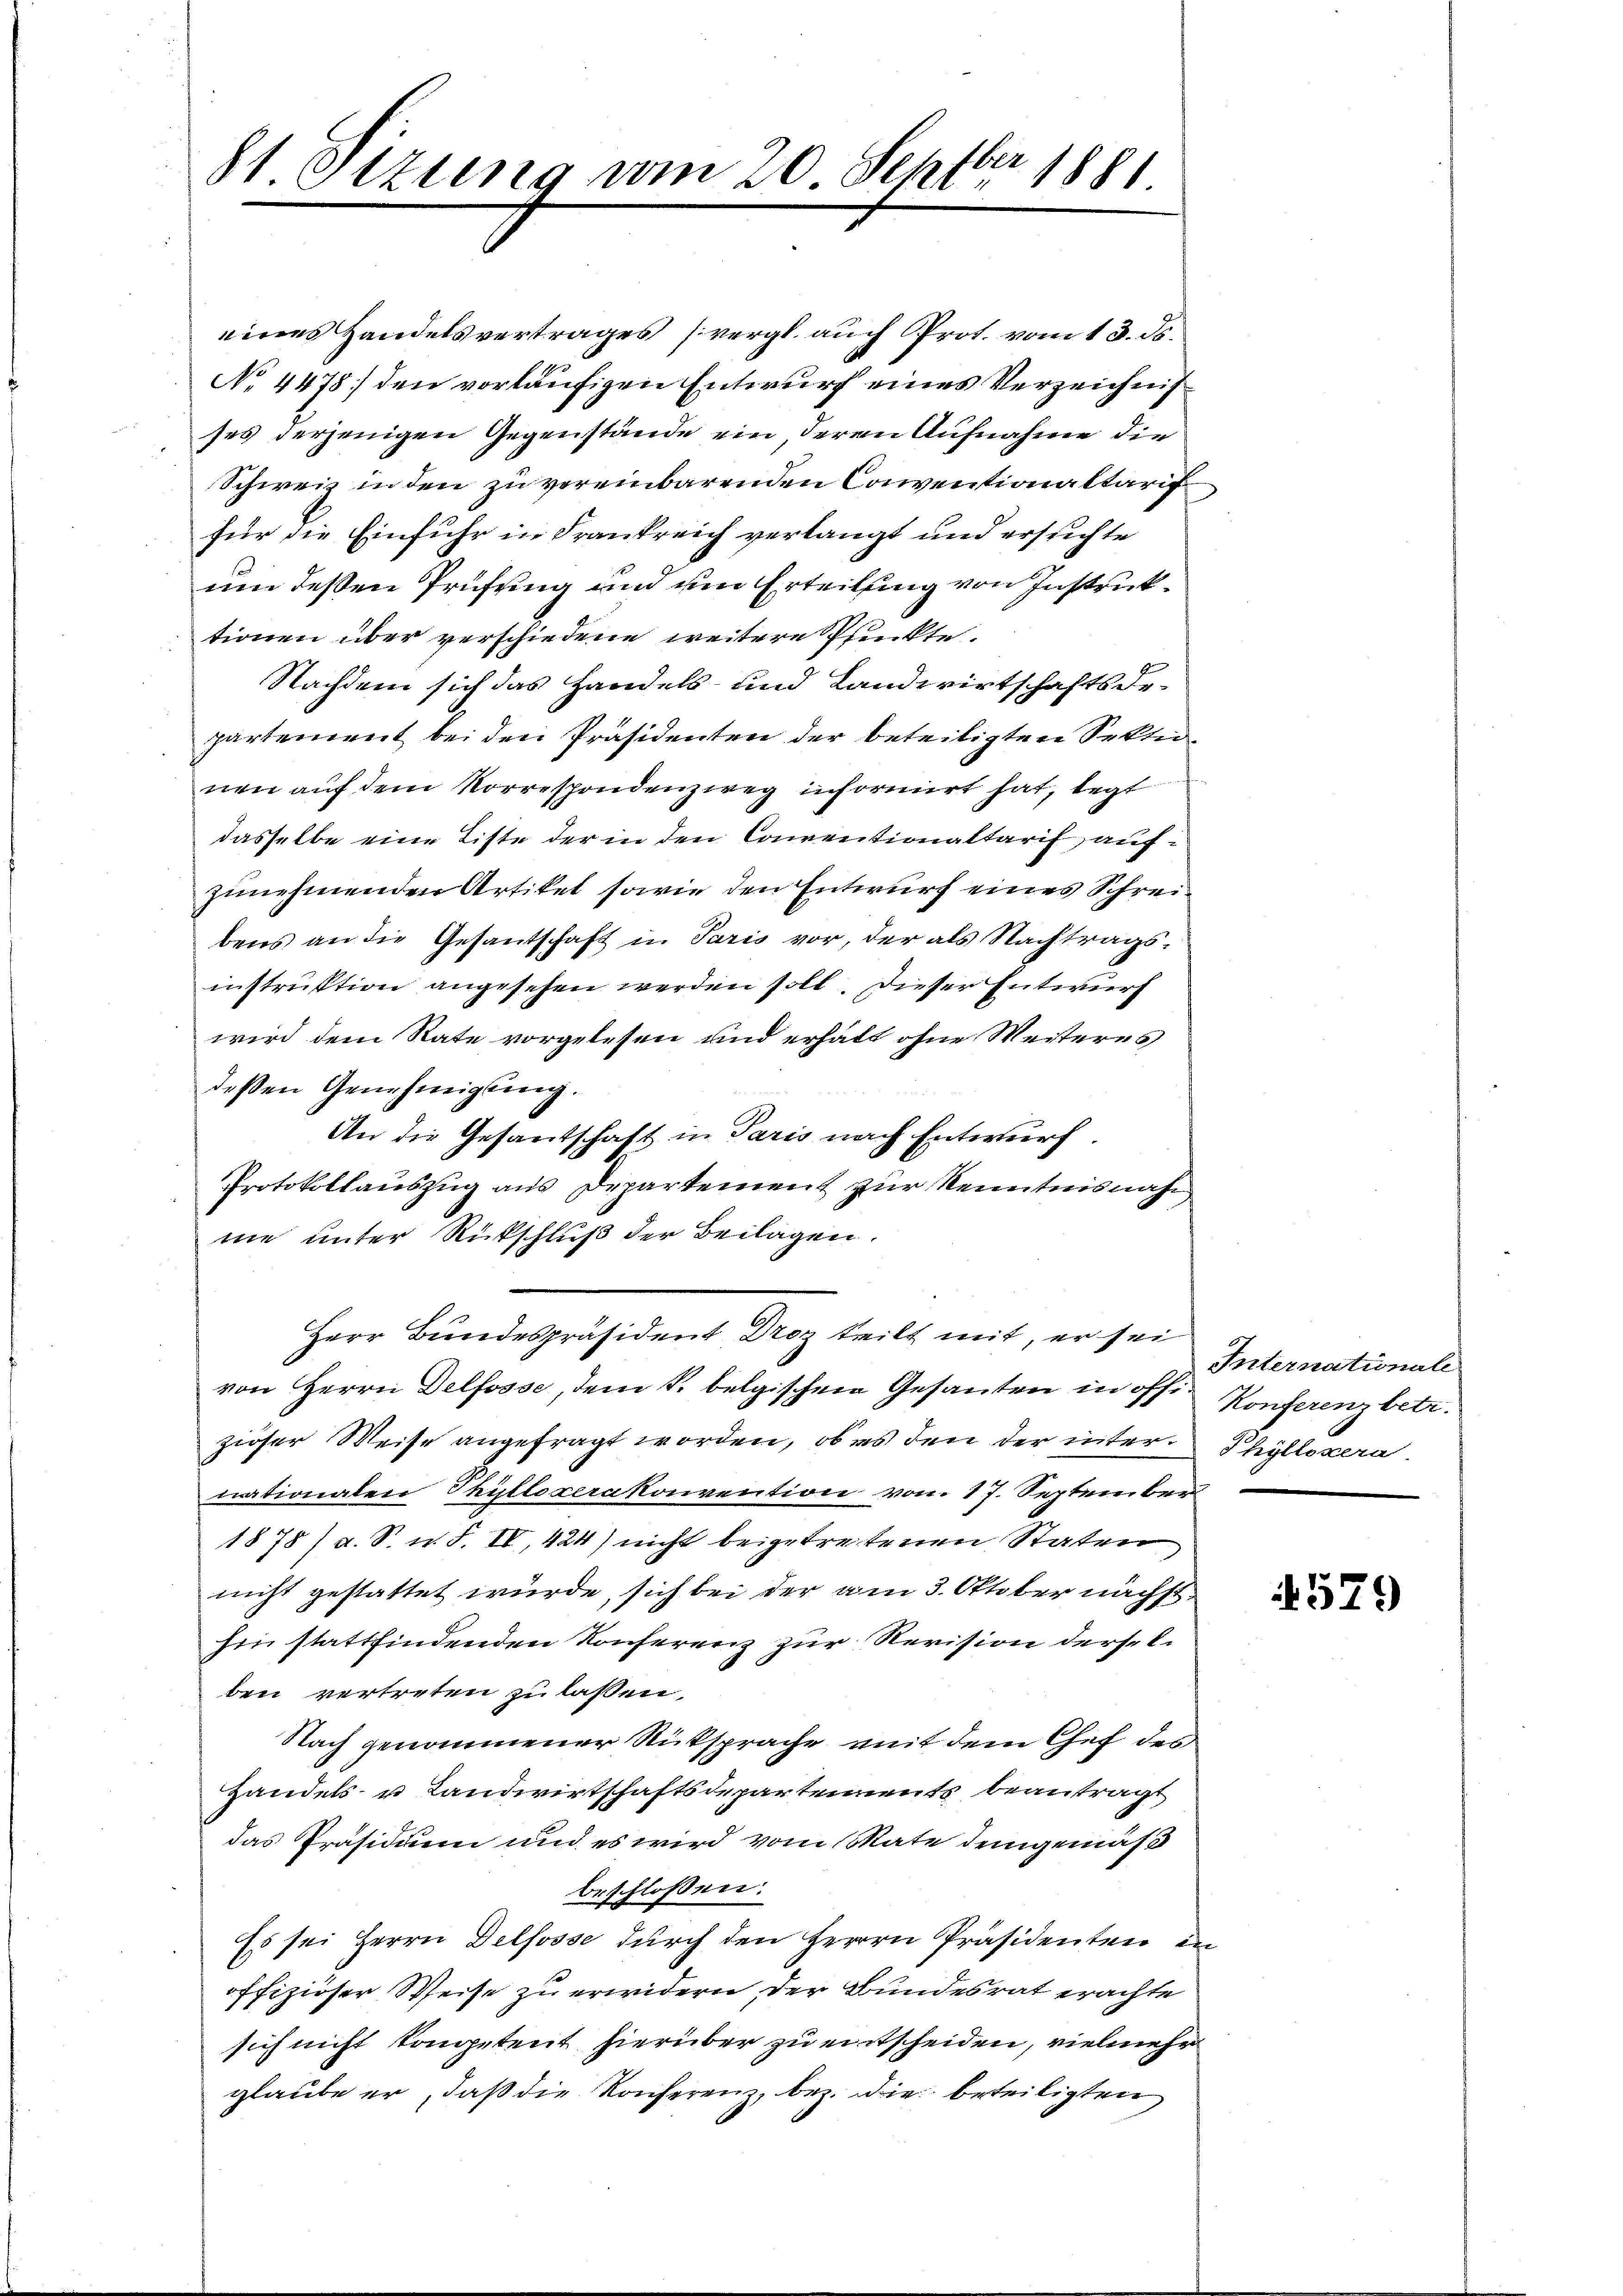
81 Otzung vom 20. Septbr 1881

eines Handelsvertrages (vergl. auch Prot. vom 13. ds.
No 4478] den vorläufigen Entwurf eines Verzeichnis
ses derjenigen Gegenstände ein, deren Aufnahme die
Schweiz in den zu vereinbarenden Conventionaltaris
für die Einfuhr in Frankreich verlangt und ersuchte
um deßen Prüfung und um Erteilung von Instruktionen über verschiedene weitere Pfunkte.
Nachdem sich das Handels- und Landwirtschaftsdepartement bei den Präsidenten der beteiligten Sektionen auf dem Korrespondenzweg informirt hat, legt
dasselbe eine Liste der in den Conventionaltarif aufzunehmenden Artiket sowie den Entwurf eines Schreibens an die Gesantschaft in Paris vor, der als Nachtragsinstruktion angesehen werden soll. Dieser Entwurf
wird dem Rate vorgelesen und erhalt ohne Weiteres
deßen Genehmigung.
An die Gesantschaft in Paris nach Entwurf.
Protokollauszug aus Departement zur Kenntnisnahne unter Rückschluß der Beilagen.
Herr Bundespräsident Droz teilt mit, er sei
von Herrn Delfosse, dem k. belgischen Gesanten in offizieser Weise angefragt worden, ob es den der inter Phyllopera
nationalen Thüllexerakonvention von 17. September
1878 / a. S. n. F. IV, 424) nicht beigetretenen Staten
nicht gestattet würde, sich bei der am 3. Oktober nächsthin stattfindenden Konferenz zur Revision derselben vertreten zu lassen.
Nach genommener Rücksprache mit dem Chef des
Handels- u Landwirtschaftsdepartements beantragt
das Präsidium und es wird vom Mate demgemäß
beschlossen:
Es sei Herrn Delsosse durch den Herrn Präsidenten, in
offiziöser Weise zu erwidern der Bundesrat erachte
sich nicht kompetent hierüber zu entscheiden, vielmehr
glaube er, daß die Konferenz, bez. die beteiligten

Inlemationale
Konferenz betr.

579